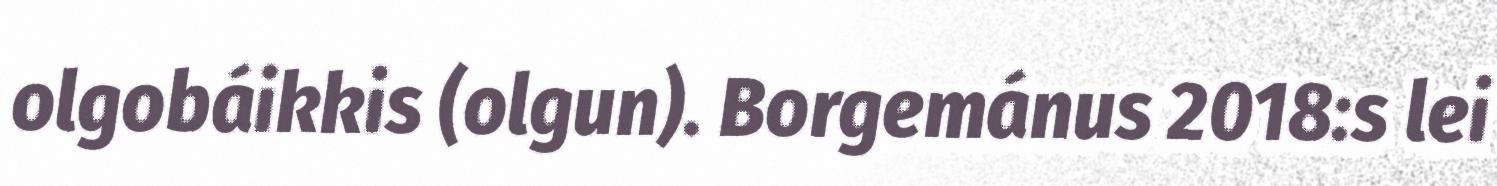
olgobáikkis (olgun). Borgemánus 2018:s lei